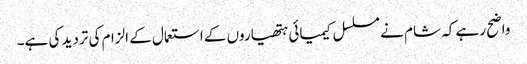
واضح رہے کہ شام نے مسلسل کیمیائی ہتھیاروں کے استعمال کے الزام کی تردید کی ہے۔